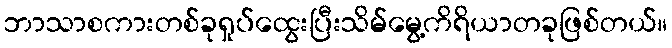
ဘာသာစကားတစ်ခုရှုပ်ထွေးပြီးသိမ်မွေ့ကိရိယာတခုဖြစ်တယ်။